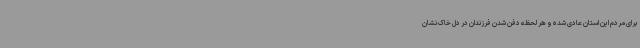
برای مردم این استان عادی شده و هر لحظه دفن شدن فرزندان در دل خاک نشان